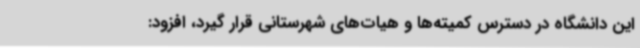
این دانشگاه در دسترس کمیته‌ها و هیات‌های شهرستانی قرار گیرد، افزود: